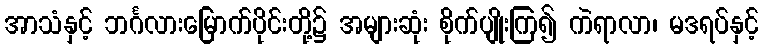
အာသံနှင့် ဘင်္ဂလားမြောက်ပိုင်းတို့၌ အများဆုံး စိုက်ပျိုးကြ၍ ကဲရာလာ၊ မဒရပ်နှင့်